Manual of vaccination for the United Provinces of Agra and Oudh -
Year: 1903
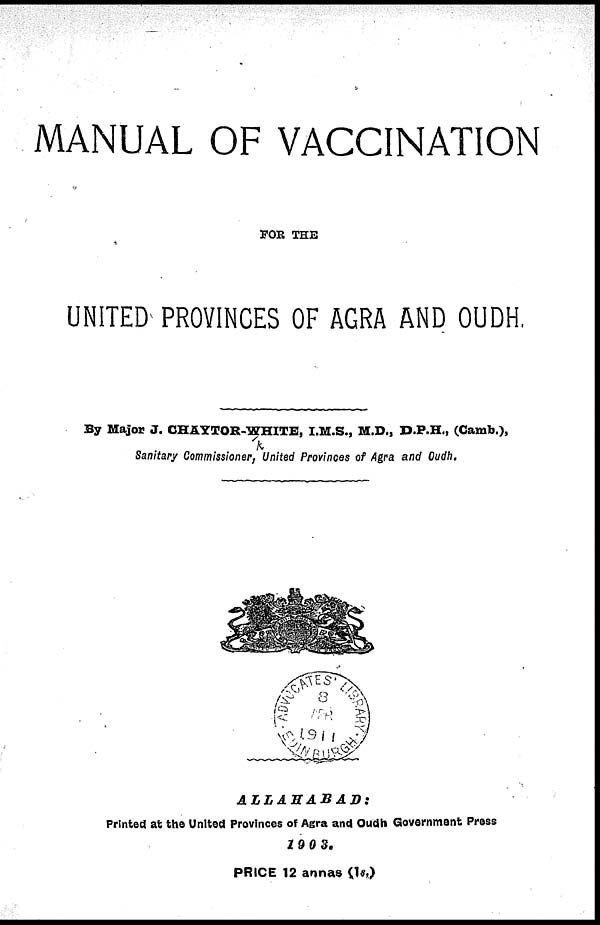
MANUAL OF VACCINATION
FOR THE
UNITED PROVINCES OF AGRA AND OUDH
By Major J. CHAYTOR-WHITE, I.M.S., M.D., D.P.H., (Camb.),
Sanitary Commissioner, United Provinces of Agra and Oudh.
ALLAHABAD:
Printed at the United Provinces of Agra and Oudh Government Press
1903.
PRICE 12 annas (1s,)